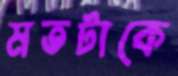
মতটাকে